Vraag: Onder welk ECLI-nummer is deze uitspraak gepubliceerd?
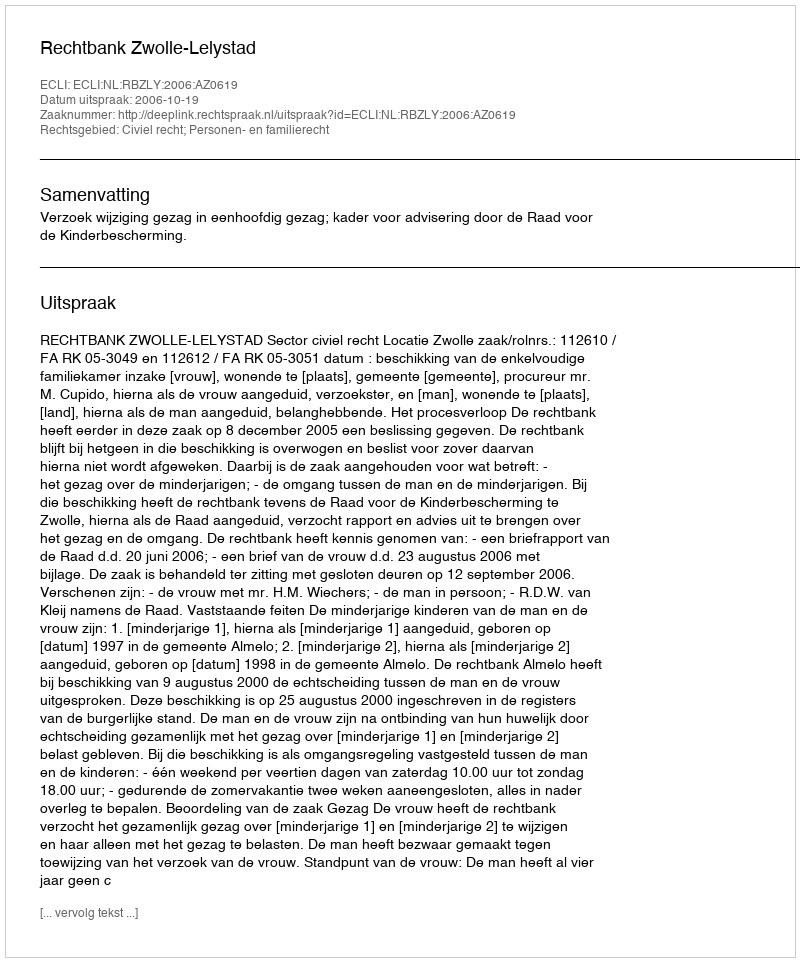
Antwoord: ECLI:NL:RBZLY:2006:AZ0619